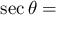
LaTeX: \sec \theta =